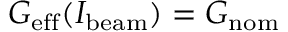
G _ { \mathrm { e f f } } ( I _ { \mathrm { b e a m } } ) = G _ { \mathrm { n o m } }